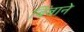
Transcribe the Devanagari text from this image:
बिंबाने